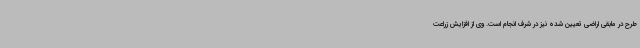
طرح در مابقی اراضی تعیین شده نیز در شرف انجام است. وی از افزایش زراعت